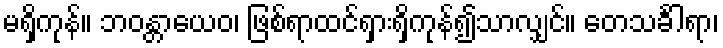
မရှိကုန်။ ဘဝန္တာယေဝ၊ ဖြစ်ရာထင်ရှားရှိကုန်၍သာလျှင်။ တေသင်္ခါရာ၊